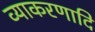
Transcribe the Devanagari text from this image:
व्याकरणादि